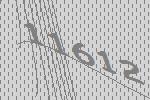
11612